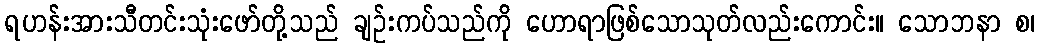
ရဟန်းအားသီတင်းသုံးဖော်တို့သည် ချဉ်းကပ်သည်ကို ဟောရာဖြစ်သောသုတ်လည်းကောင်း။ သောဘနာ စ၊